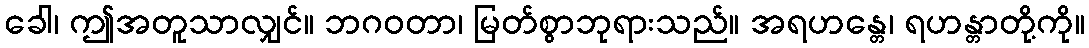
ခေါ၊ ဤအတူသာလျှင်။ ဘဂဝတာ၊ မြတ်စွာဘုရားသည်။ အရဟန္တေ၊ ရဟန္တာတို့ကို။